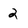
Character: 2